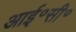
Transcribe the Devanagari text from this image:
आई॰सी॰